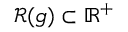
\mathcal { R } ( g ) \subset \mathbb { R } ^ { + }